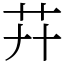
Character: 𦬠